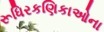
રૂધિરકણિકાઓના